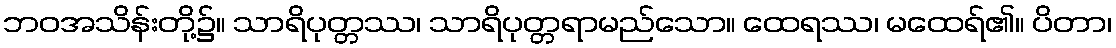
ဘဝအသိန်းတို့၌။ သာရိပုတ္တဿ၊ သာရိပုတ္တရာမည်သော။ ထေရဿ၊ မထေရ်၏။ ပိတာ၊